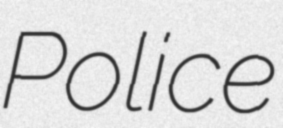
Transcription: Police